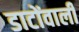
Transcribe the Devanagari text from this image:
डाटोंवाली